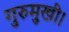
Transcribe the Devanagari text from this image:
गुरुमुखी।